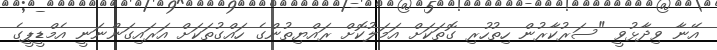
އޭނާ ވިދާޅުވީ "ސަރުކާރުން ހިތުހުރި ގޮތަކަށް އަމަލުކޮށް ރައްޔިތުންގެ ހައްގުތަކަށް އަރައިގަންނަނީ އެމްޑީޕީގެ